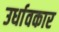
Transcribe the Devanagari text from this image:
उर्धावकार